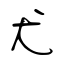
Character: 尤